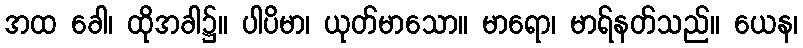
အထ ခေါ၊ ထိုအခါ၌။ ပါပိမာ၊ ယုတ်မာသော။ မာရော၊ မာရ်နတ်သည်။ ယေန၊